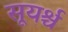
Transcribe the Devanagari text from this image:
सूयर्श्च